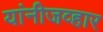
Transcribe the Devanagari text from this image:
यांनीजव्हार